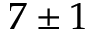
7 \pm 1